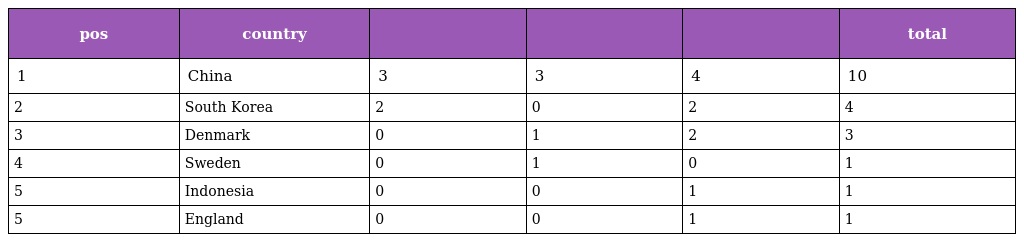
| pos | country |  |  |  | total |
 | --- | --- | --- | --- | --- | --- |
 | 1 | China | 3 | 3 | 4 | 10 |
 | 2 | South Korea | 2 | 0 | 2 | 4 |
 | 3 | Denmark | 0 | 1 | 2 | 3 |
 | 4 | Sweden | 0 | 1 | 0 | 1 |
 | 5 | Indonesia | 0 | 0 | 1 | 1 |
 | 5 | England | 0 | 0 | 1 | 1 |